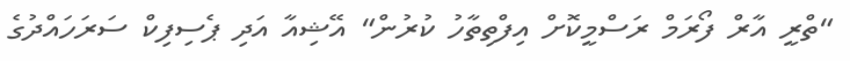
"ތްރީ އާރް ފޯރަމް ރަސްމީކޮށް އިފްތިތާހު ކުރުން" އޭޝިއާ އަދި ޕެސިފިކް ސަރަހައްދުގެ